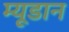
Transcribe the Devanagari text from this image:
म्यूडान